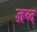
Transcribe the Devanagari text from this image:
ज्ञब्द